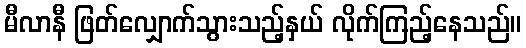
မီလာနီ ဖြတ်လျှောက်သွားသည့်နှယ် လိုက်ကြည့်နေသည်။